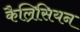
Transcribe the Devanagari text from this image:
कैल्रिसियन